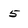
Character: 5